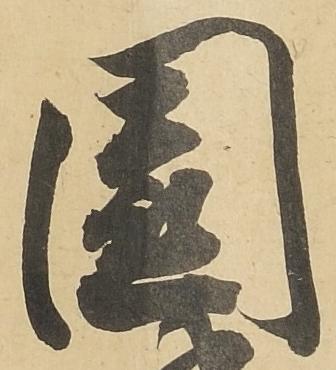
園